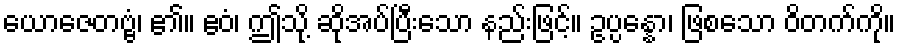
ယောဇေတဗ္ဗံ၊ ၏။ ဧဝံ၊ ဤသို့ ဆိုအပ်ပြီးသော နည်းဖြင့်။ ဥပ္ပန္နော၊ ဖြစသော ဝိတက်ကို။